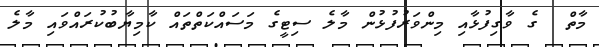
މާތް  ގެ ވާގިފުޅާއި މިންވަރުފުޅުން މާލެ ސިޓީގެ މަސައްކަތްތައް ކާމިޔާބުކުރައްވައި މާލެ